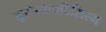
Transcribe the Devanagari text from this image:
यूरोस्केपटिसिस्म